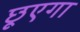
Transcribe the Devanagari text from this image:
छूएगा